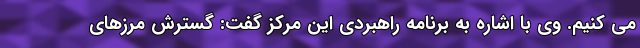
می کنیم. وی با اشاره به برنامه راهبردی این مرکز گفت: گسترش مرزهای